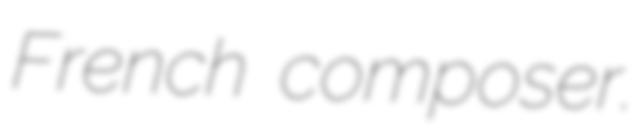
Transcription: French composer.